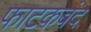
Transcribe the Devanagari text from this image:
फाटकबंद